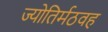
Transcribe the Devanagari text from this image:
ज्योतिर्मठवह